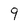
Character: 9